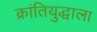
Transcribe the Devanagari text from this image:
क्रांतियुद्धाला